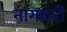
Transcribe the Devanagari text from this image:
नागबंदी